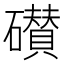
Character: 𰧪